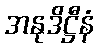
အနုဒိဋ္ဌီနံ